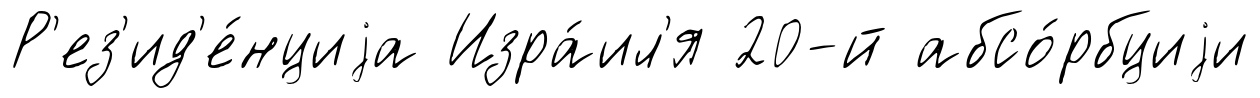
Р'ез'ид'е́нциjа Изра́ил'я 20-й абсо́рбциjи